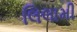
લિલામી